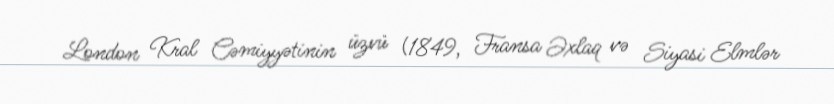
London Kral Cəmiyyətinin üzvü (1849, Fransa Əxlaq və Siyasi Elmlər